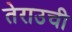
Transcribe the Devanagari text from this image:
तेराउची